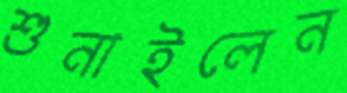
শুনাইলেন